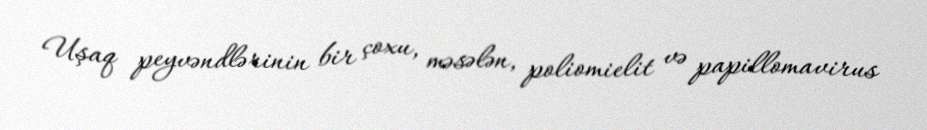
Uşaq peyvəndlərinin bir çoxu, məsələn, poliomielit və papillomavirus